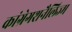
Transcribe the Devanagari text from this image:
कांग्रेगशनैलिज्म